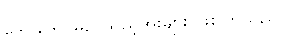
ဒေါင်ဒေါင်မြည်သည့်အိုးများ ဖြစ်ကြသည်။